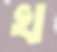
খ